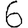
Digit: 6